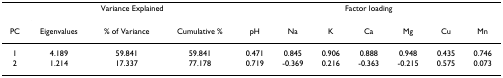
<table><thead><tr><td></td><td colspan="3"><b>Variance Explained</b></td><td colspan="7"><b>Factor loading</b></td></tr><tr><td><b>PC</b></td><td><b>Eigenvalues</b></td><td><b>% of Variance</b></td><td><b>Cumulative %</b></td><td><b>pH</b></td><td><b>Na</b></td><td><b>K</b></td><td><b>Ca</b></td><td><b>Mg</b></td><td><b>Cu</b></td><td><b>Mn</b></td></tr></thead><tbody><tr><td>1</td><td>4.189</td><td>59.841</td><td>59.841</td><td>0.471</td><td>0.845</td><td>0.906</td><td>0.888</td><td>0.948</td><td>0.435</td><td>0.746</td></tr><tr><td>2</td><td>1.214</td><td>17.337</td><td>77.178</td><td>0.719</td><td>-0.369</td><td>0.216</td><td>-0.363</td><td>-0.215</td><td>0.575</td><td>0.073</td></tr></tbody></table>